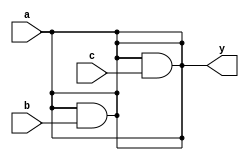
// Listing 3.3
module and_cont_assign
  (
  input wire a, b, c,
  output wire y
  );

  assign y = a;
  assign y = y & b;
  assign y = y & c;

endmodule